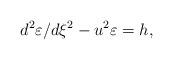
LaTeX: \begin{align*}d^{2}\varepsilon /d\xi ^{2}-u^{2}\varepsilon =h, \end{align*}